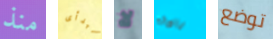
منذ تبدأى لا بالمائه توضع